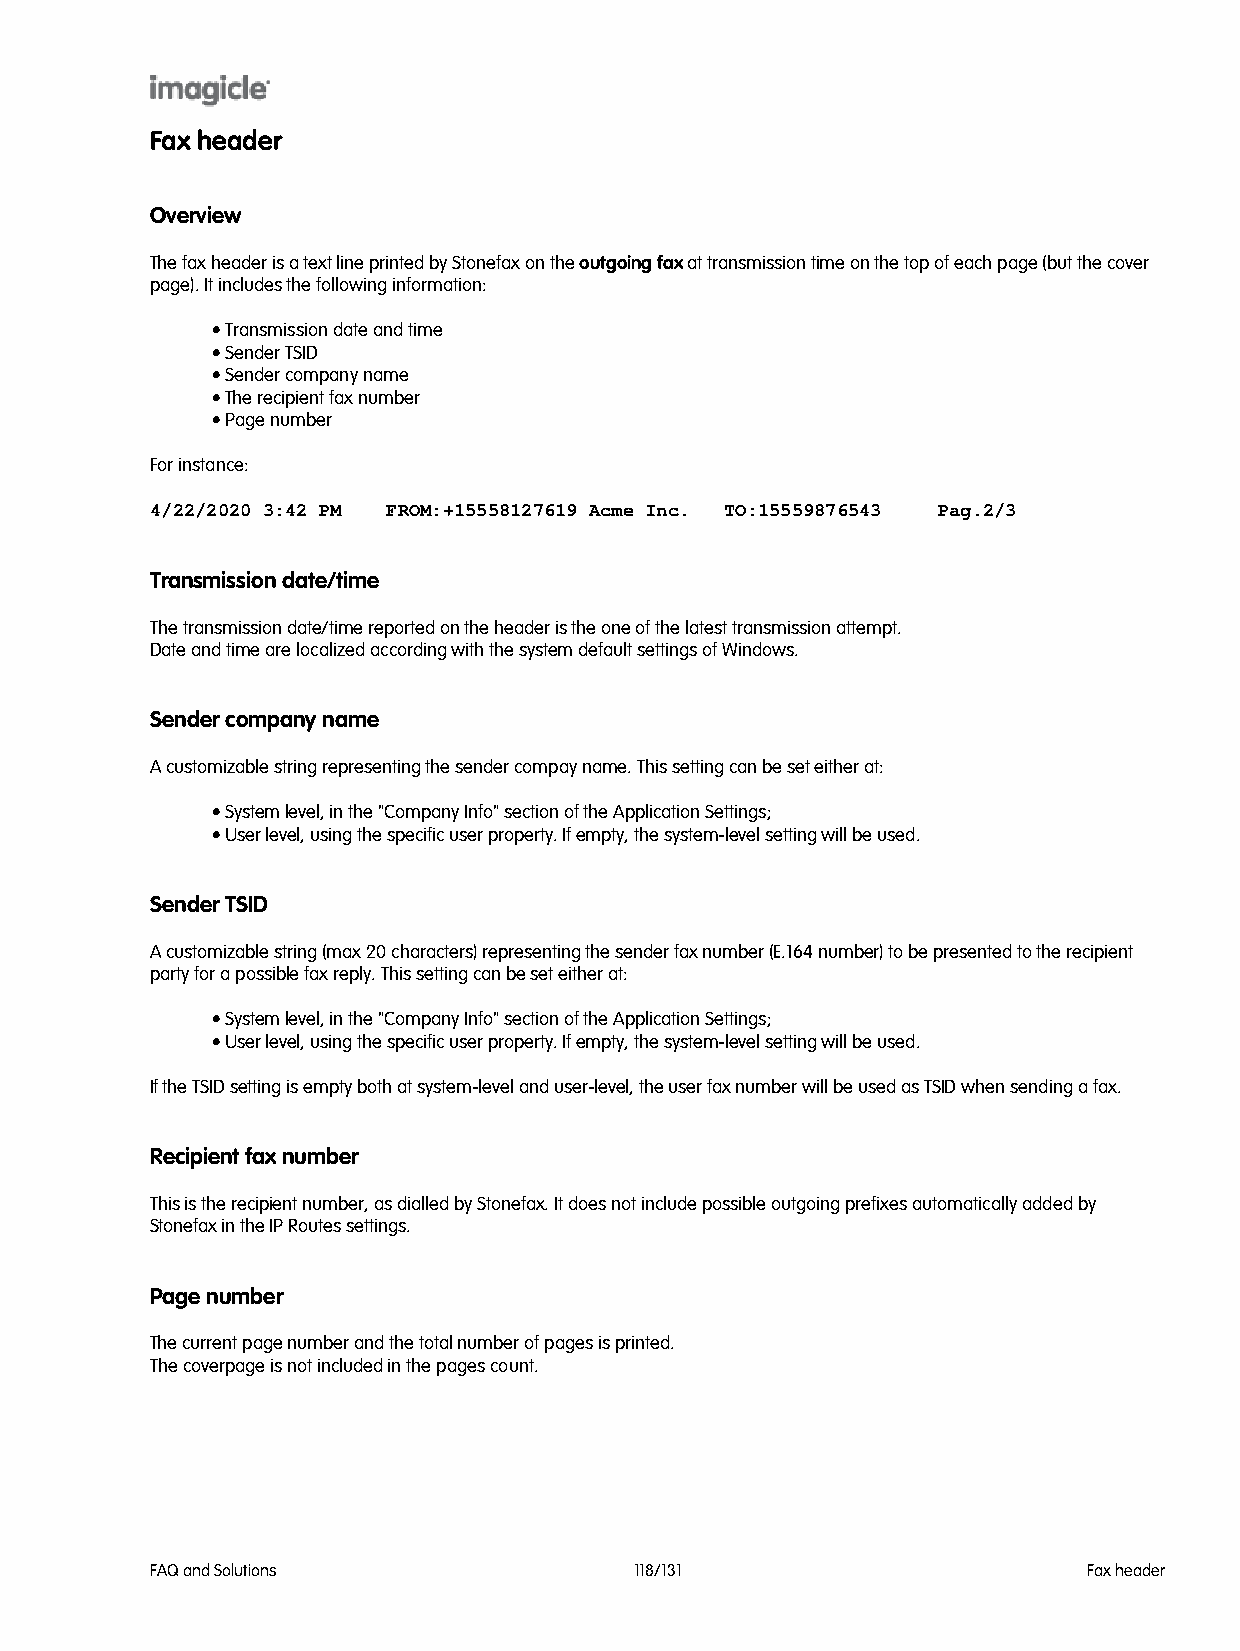
Fax header
 Overview
 The fax header is a text line printed by Stonefax on the outgoing fax at transmission time on the top of each page (but the cover
 page). It includes the following information:
 • Transmission date and time
 • Sender TSID
 • Sender company name
 • The recipient fax number
 • Page number
 For instance:
 4/22/2020 3:42 PM FROM:+15558127619 Acme Inc. TO:15559876543 Pag.2/3
 Transmission date/time
 The transmission date/time reported on the header is the one of the latest transmission attempt.
 Date and time are localized according with the system default settings of Windows.
 Sender company name
 A customizable string representing the sender compay name. This setting can be set either at:
 • System level, in the "Company Info" section of the Application Settings;
 • User level, using the specific user property. If empty, the system-level setting will be used.
 Sender TSID
 A customizable string (max 20 characters) representing the sender fax number (E.164 number) to be presented to the recipient
 party for a possible fax reply. This setting can be set either at:
 • System level, in the "Company Info" section of the Application Settings;
 • User level, using the specific user property. If empty, the system-level setting will be used.
 If the TSID setting is empty both at system-level and user-level, the user fax number will be used as TSID when sending a fax.
 Recipient fax number
 This is the recipient number, as dialled by Stonefax. It does not include possible outgoing prefixes automatically added by
 Stonefax in the IP Routes settings.
 Page number
 The current page number and the total number of pages is printed.
 The coverpage is not included in the pages count.
 FAQ and Solutions               118/131                       Fax header